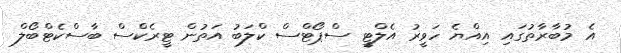
އެ މުބާރާތުގައި އިއްޔެ ހަވީރު އެލްޓީ ސްޕޯޓްސް ކްލަބު އަތުން ޓީރެކްސް ބާސްކެޓްބޯލް